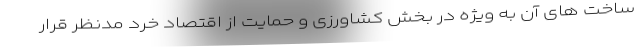
ساخت های آن به ویژه در بخش کشاورزی و حمایت از اقتصاد خرد مدنظر قرار